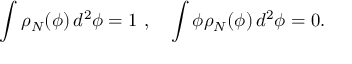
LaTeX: \int \rho _ { N } ( \phi ) \, d ^ { 2 } \phi = 1 \ , \quad \int \phi \rho _ { N } ( \phi ) \, d ^ { 2 } \phi = 0 .